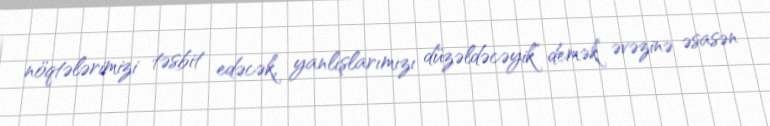
nöqtələrimizi təsbit edəcək, yanlışlarımızı düzəldəcəyik” demək əvəzinə əsasən